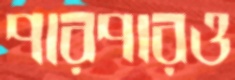
পারপারও